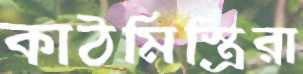
কাঠমিস্ত্রিরা